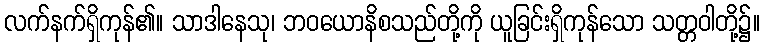
လက်နက်ရှိကုန်၏။ သာဒါနေသု၊ ဘဝယောနိစသည်တို့ကို ယူခြင်းရှိကုန်သော သတ္တဝါတို့၌။